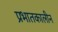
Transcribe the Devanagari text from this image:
प्रभातकालीन